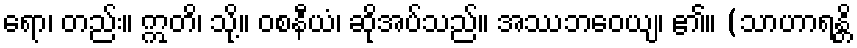
ရော၊ တည်း။ ဣတိ၊ သို့။ ဝစနီယံ၊ ဆိုအပ်သည်။ အဿဘဝေယျ၊ ၏။ (သာဟာရန္တိ